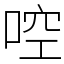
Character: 啌